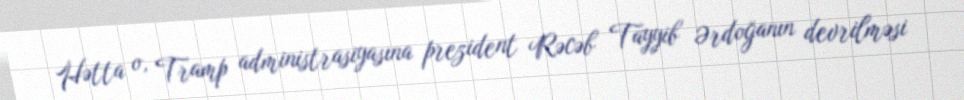
Hətta o, Tramp administrasiyasına prezident Rəcəb Tayyib Ərdoğanın devrilməsi